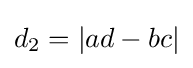
d_{2}=|ad-bc|